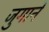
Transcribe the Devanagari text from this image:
जुगाने